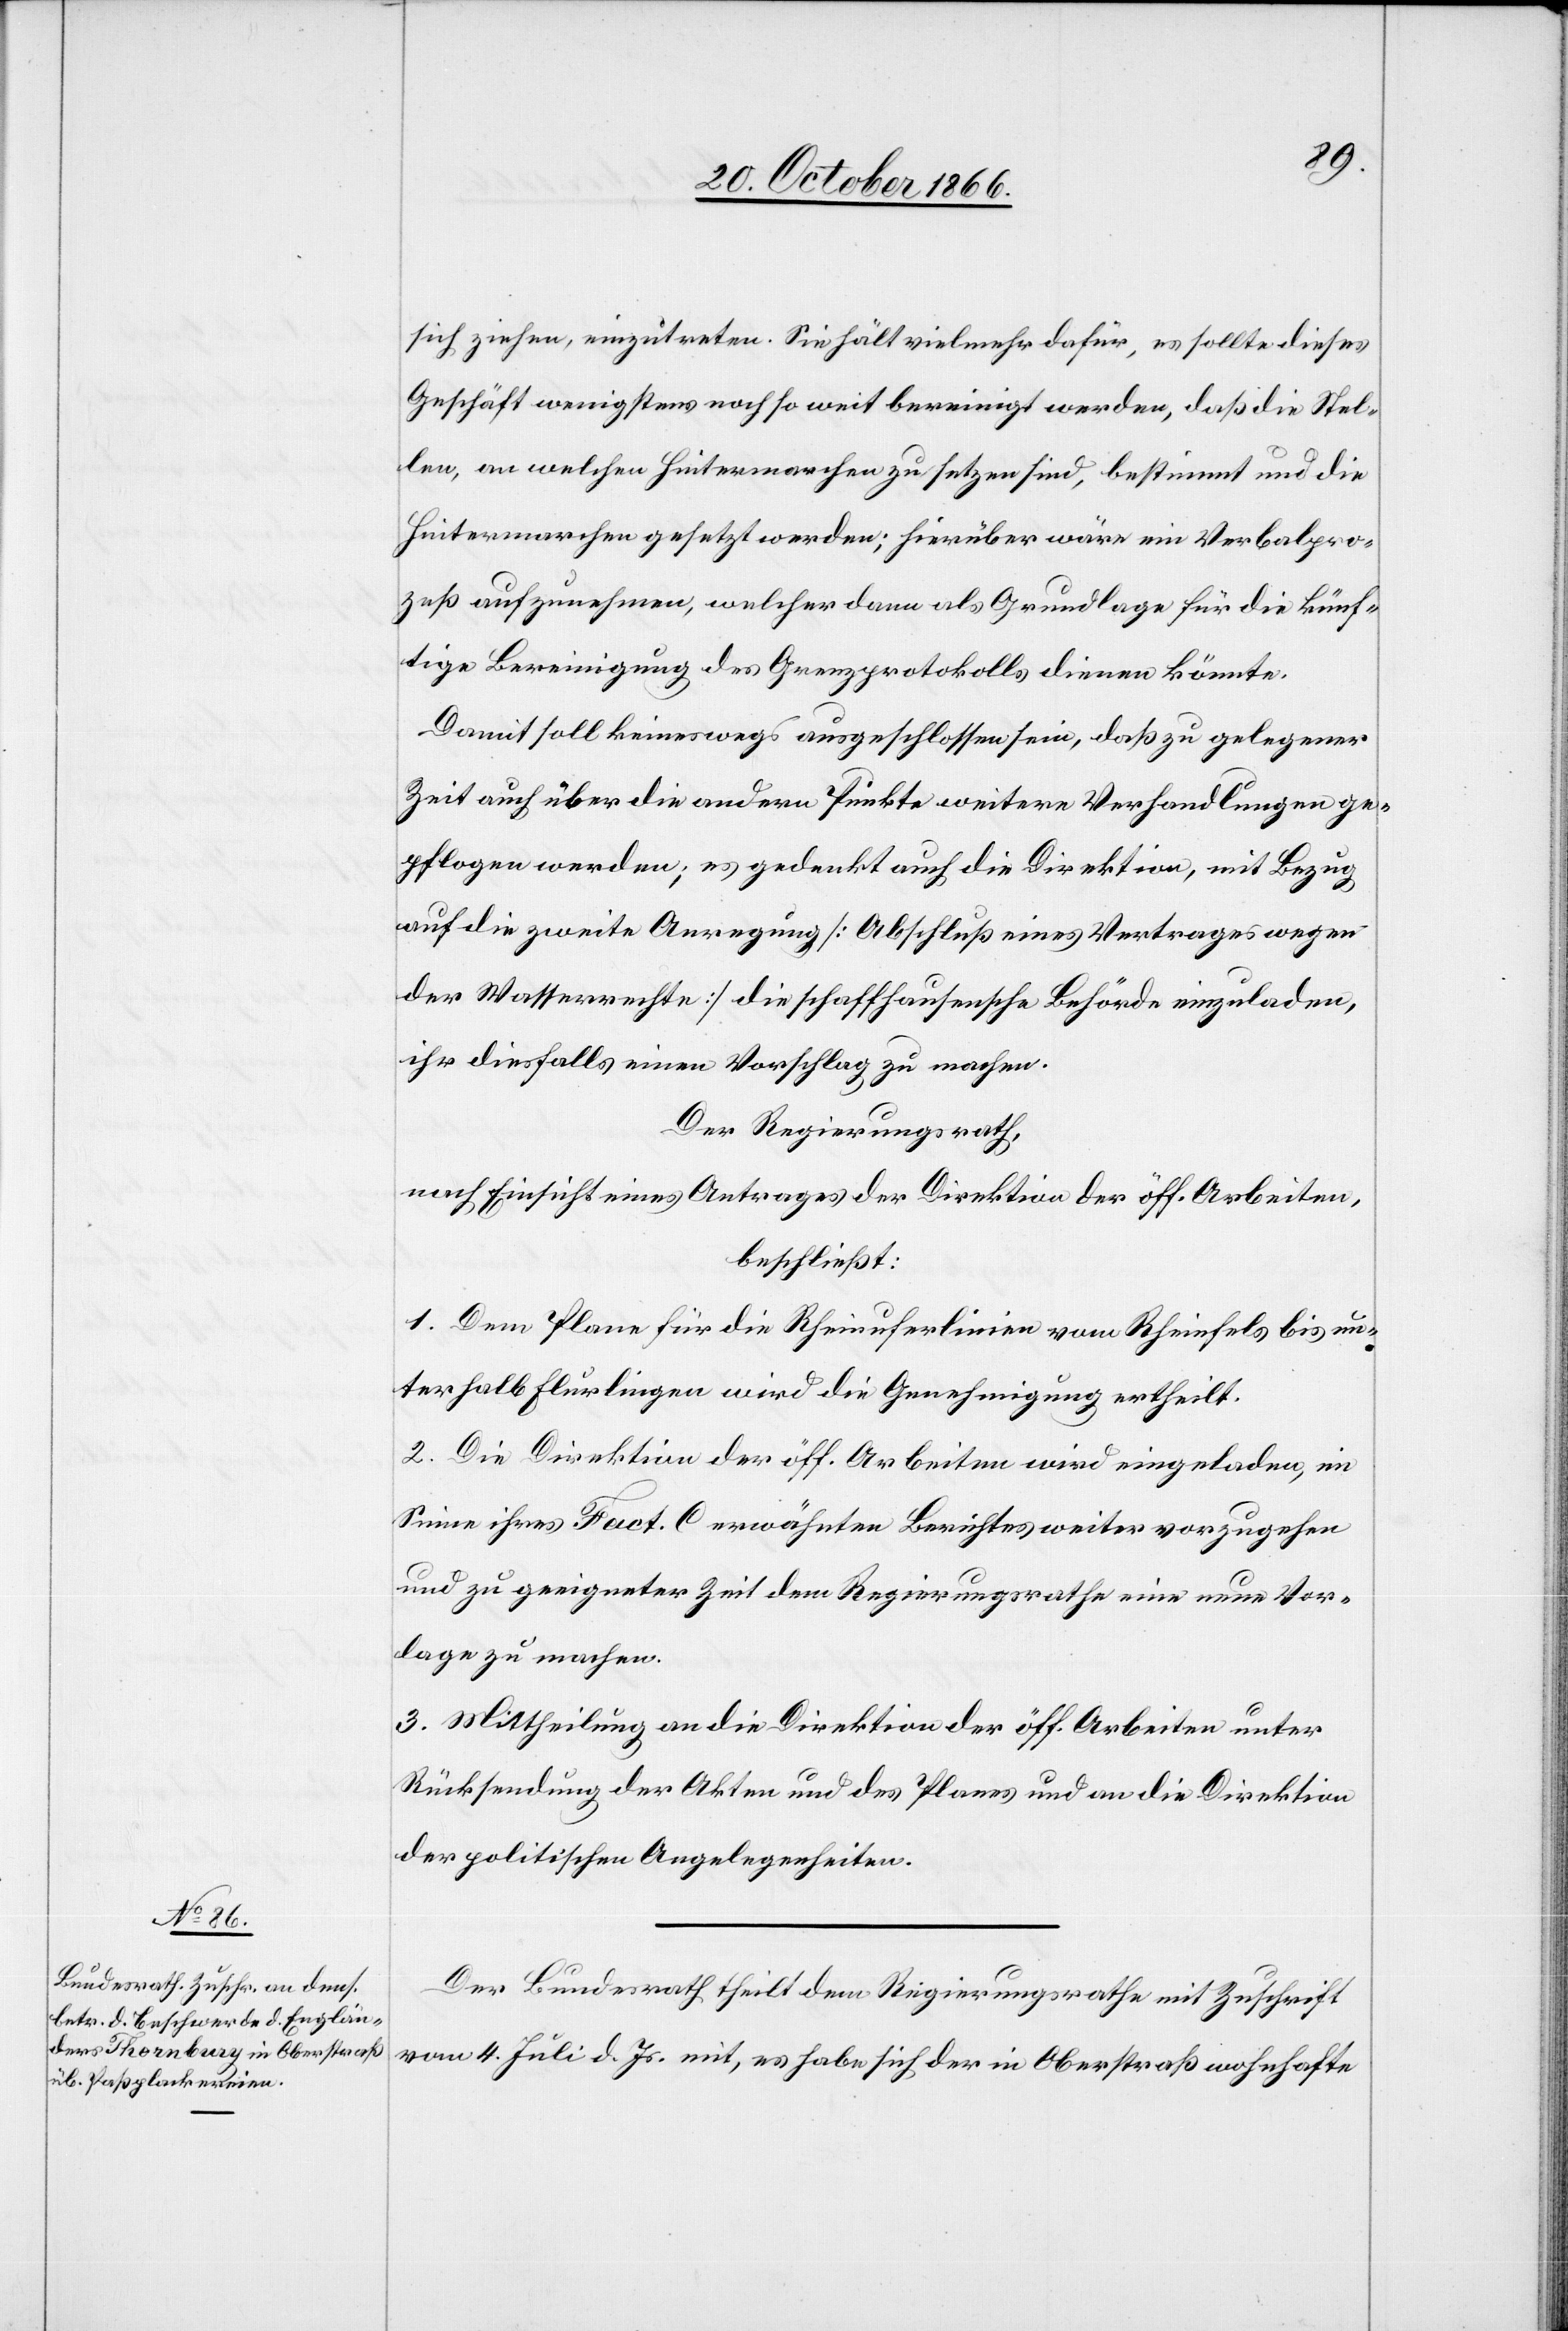
sich ziehen, einzutreten. Sie hält vielmehr dafür, es sollte dieses
Geschäft wenigstens noch so weit bereinigt werden, daß die Stel¬
len, an welchen Hintermarchen zu setzen sind, bestimmt und die
Hintermarchen gesetzt werden; hierüber wäre ein Verbalpro¬
zeß aufzunehmen, welcher dann als Grundlage für die künf¬
tige Bereinigung des Grenzprotokolls dienen könnte.
Damit soll keineswegs ausgeschlossen sein, daß zu gelegener
Zeit auch über die andern Punkte weitere Verhandlungen ge¬
pflogen werden; es gedenkt auch die Direktion, mit Bezug
auf die zweite Anregung [Abschluß eines Vertrages wegen
der Wasserrechte] die schaffhausensche Behörde einzuladen,
ihr diesfalls einen Vorschlag zu machen.
Der Regierungsrath,
nach Einsicht eines Antrages der Direktion der öff. Arbeiten,
beschließt:
1. Dem Plane für die Rheinuferlinien vom Rheinfels bis un¬
terhalb Flurlingen wird die Genehmigung ertheilt.
2. Die Direktion der öff. Arbeiten wird eingeladen, im
Sinne ihres Fact. C erwähnten Berichtes weiter vorzugehen
und zu geeigneter Zeit dem Regierungsrathe eine neue Vor¬
lage zu machen.
3. Mittheilung an die Direktion der öff. Arbeiten unter
Rücksendung der Akten und des Planes und an die Direktion
der politischen Angelegenheiten.
Der Bundesrath theilt dem Regierungsrathe mit Zuschrift
vom 4. Juli d. Js. mit, es habe sich der in Oberstraß wohnhafte